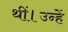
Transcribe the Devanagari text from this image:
थीं।उन्हें